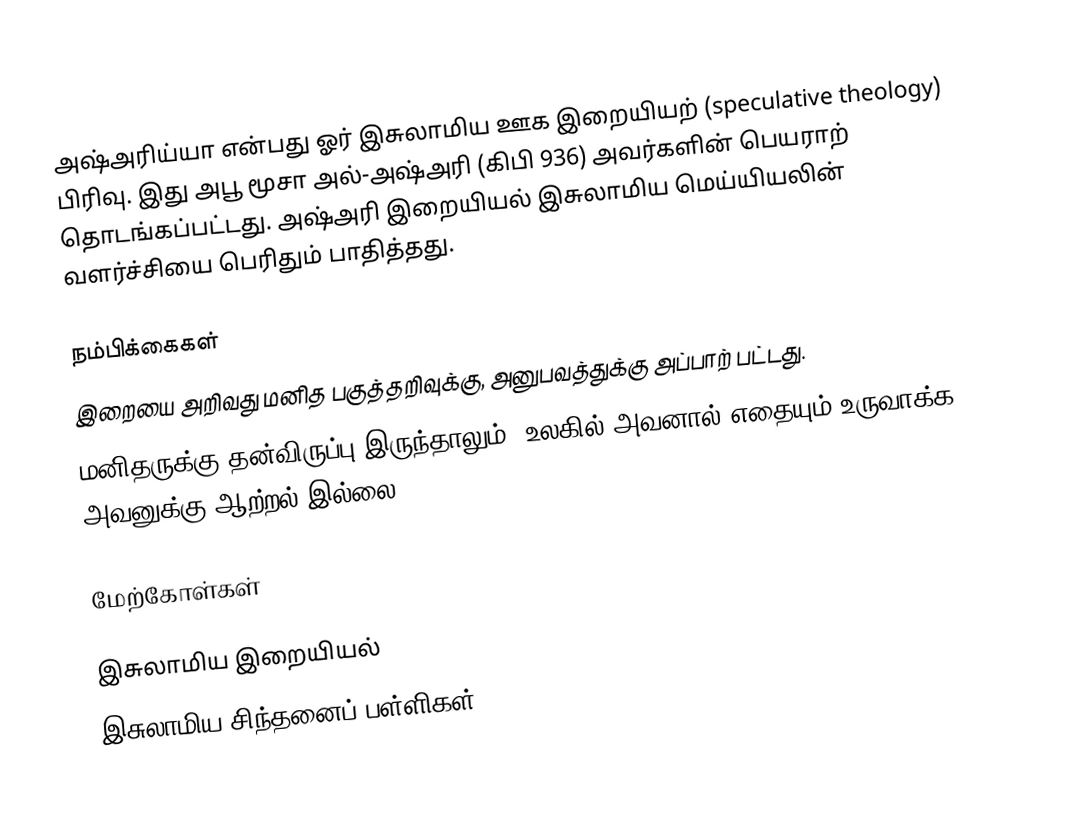
அஷ்அரிய்யா என்பது ஓர் இசுலாமிய ஊக இறையியற் (speculative theology) பிரிவு.  இது அபூ மூசா அல்-அஷ்அரி (கிபி 936) அவர்களின் பெயராற் தொடங்கப்பட்டது.  அஷ்அரி இறையியல் இசுலாமிய மெய்யியலின் வளர்ச்சியை பெரிதும் பாதித்தது.

நம்பிக்கைகள்
 இறையை அறிவது மனித பகுத்தறிவுக்கு, அனுபவத்துக்கு அப்பாற் பட்டது.
 மனிதருக்கு தன்விருப்பு இருந்தாலும். உலகில் அவனால் எதையும் உருவாக்க அவனுக்கு ஆற்றல் இல்லை.

மேற்கோள்கள்

இசுலாமிய இறையியல்
இசுலாமிய சிந்தனைப் பள்ளிகள்